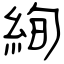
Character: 絢